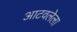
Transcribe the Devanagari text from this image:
आटवलेला